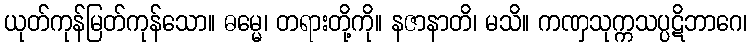
ယုတ်ကုန်မြတ်ကုန်သော။ ဓမ္မေ၊ တရားတို့ကို။ နဇာနာတိ၊ မသိ။ ကဏှသုက္ကသပ္ပဋိဘာဂေ၊